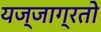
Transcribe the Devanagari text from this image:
यज्जाग्रतो